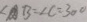
\angle A B = \angle C = 3 0 ^ { \circ }